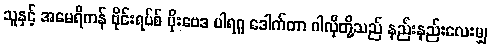
သူနှင့် အမေရိကန် ဗိုင်းရပ်စ် ပိုးဗေဒ ပါရဂူ ဒေါက်တာ ဂါလိုတို့သည် နည်းနည်းလေးမျှ